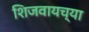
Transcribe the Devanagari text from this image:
शिजवायच्या